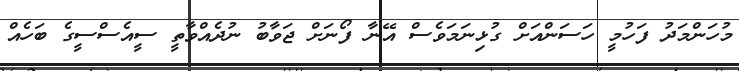
މުހަންމަދު ފަހުމީ ހަސަންއަށް ގުޅިނަމަވެސް އޭނާ ފޯނަށް ޖަވާބު ނުދެއްވާތީ ސީއެސްސީގެ ބަހެއް